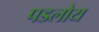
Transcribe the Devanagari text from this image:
पडलोय